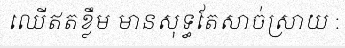
ឈើឥតខ្លឹម មានសុទ្ធតែសាច់ស្រាយ :